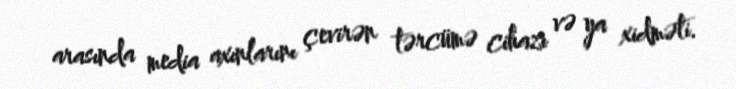
arasında media axınlarını çevirən tərcümə cihazı və ya xidməti.